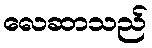
လေဆာသည်